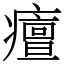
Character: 𤺺